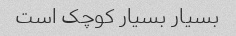
بسیار بسیار کوچک است